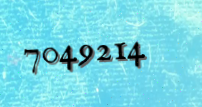
7049214